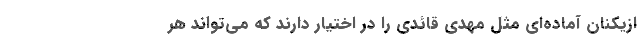
ازیکنان آماده‌ای مثل مهدی قائدی را در اختیار دارند که می‌تواند هر